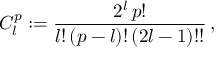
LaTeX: C _ { l } ^ { p } : = { \frac { 2 ^ { l } \, p ! } { l ! \, ( p - l ) ! \, ( 2 l - 1 ) ! ! } } \, ,